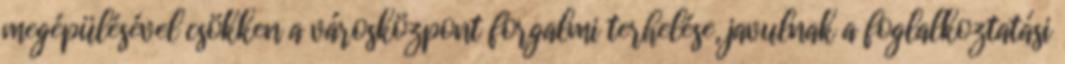
megépülésével csökken a városközpont forgalmi terhelése, javulnak a foglalkoztatási